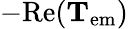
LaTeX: -\mathrm{Re}(\mathbf{T}_{\mathrm{em}})